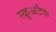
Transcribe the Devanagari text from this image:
स्क्रूअटैक